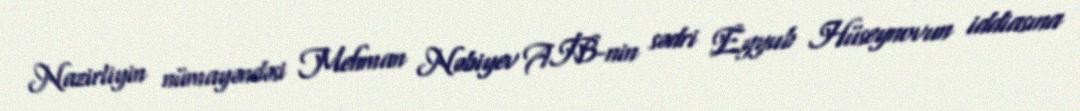
Nazirliyin nümayəndəsi Mehman Nəbiyev AİB-nin sədri Eyyub Hüseynovun iddiasına